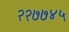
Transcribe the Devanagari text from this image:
२२७७४५